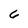
Character: 6